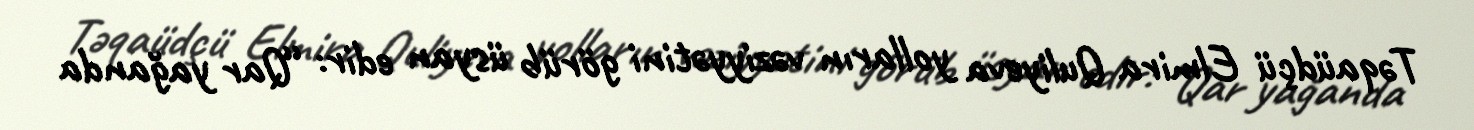
Təqaüdçü Elmira Quliyeva yolların vəziyyətini görüb üsyan edir: “Qar yağanda